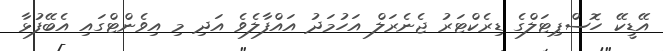
އޭޑީކޭ ހޮސްޕިޓަލްގެ ޑިރެކްޓަރު ޖެނެރަލް އަހުމަދު އައްފާލެވެ އަދި މި އިވެންޓްގައި އެބޭފުޅާ